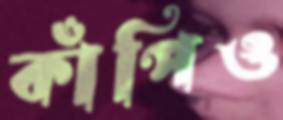
কাঁপিও